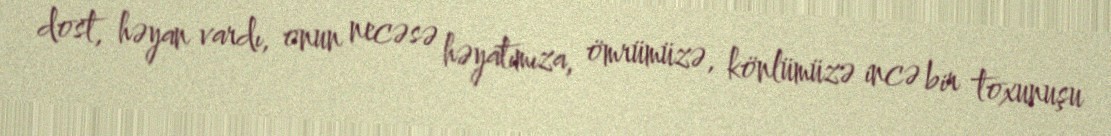
dost, həyan vardı, onun necəsə həyatımıza, ömrümüzə, könlümüzə incə bir toxunuşu